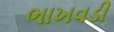
ભાખવડી